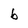
Character: b